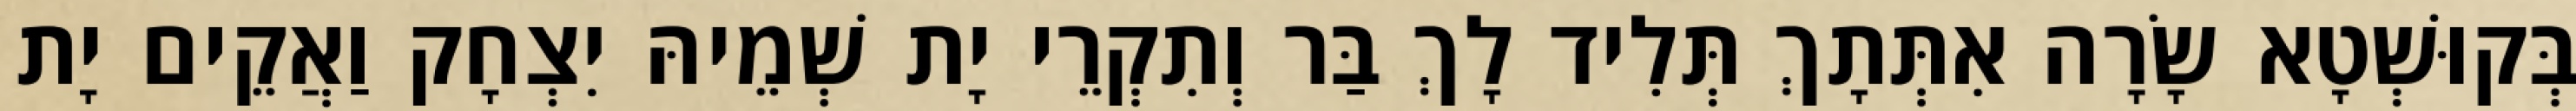
בְּקוּשְׁטָא שָׂרָה אִתְּתָךְ תְּלִיד לָךְ בַּר וְתִקְרֵי יָת שְׁמֵיהּ יִצְחָק וַאֲקֵים יָת